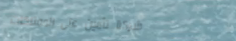
شركة تأمين على الممتلكات